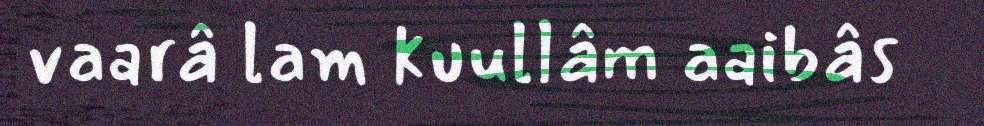
vaarâ lam kuullâm aaibâs